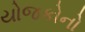
યોજકોનો